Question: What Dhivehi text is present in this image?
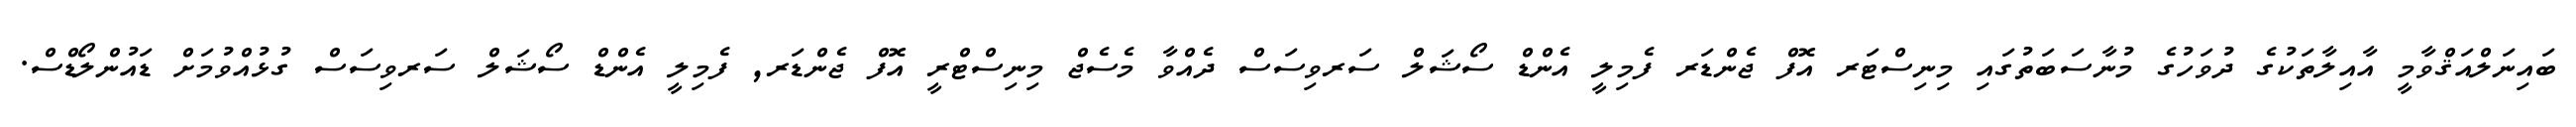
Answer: ބައިނަލްއަޤްވާމީ އާއިލާތަކުގެ ދުވަހުގެ މުނާސަބަތުގައި މިނިސްޓަރ އޮފް ޖެންޑަރ ފެމިލީ އެންޑް ސޯޝަލް ސަރވިސަސް ދެއްވާ މެސެޖް މިނިސްޓްރީ އޮފް ޖެންޑަރ, ފެމިލީ އެންޑް ސޯޝަލް ސަރވިސަސް ގުޅުއްވުމަށް ޑައުންލޯޑްސް.